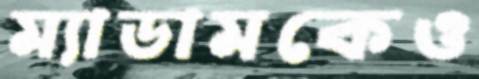
ম্যাডামকেও